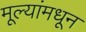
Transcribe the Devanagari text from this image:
मूल्‍यांमधून